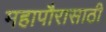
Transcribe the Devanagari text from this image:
महापौरासाठी